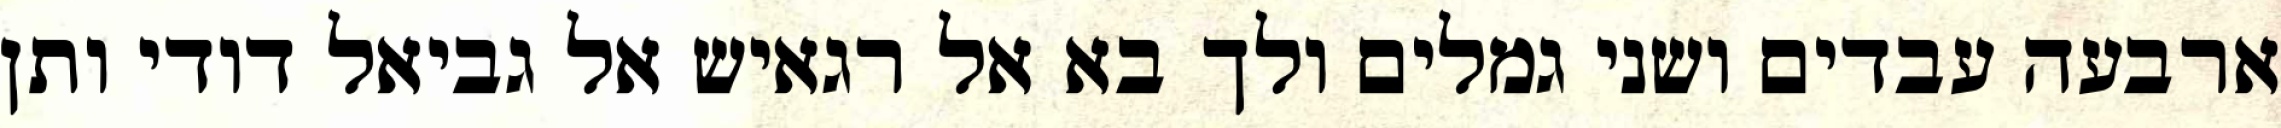
ארבעה עבדים ושני גמלים ולך בא אל רגאיש אל גביאל דודי ותן